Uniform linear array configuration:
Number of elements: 32
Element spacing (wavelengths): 0.75
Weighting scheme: kaiser
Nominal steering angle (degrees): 0
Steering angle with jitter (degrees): -1.232
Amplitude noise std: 0.05
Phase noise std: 0.05

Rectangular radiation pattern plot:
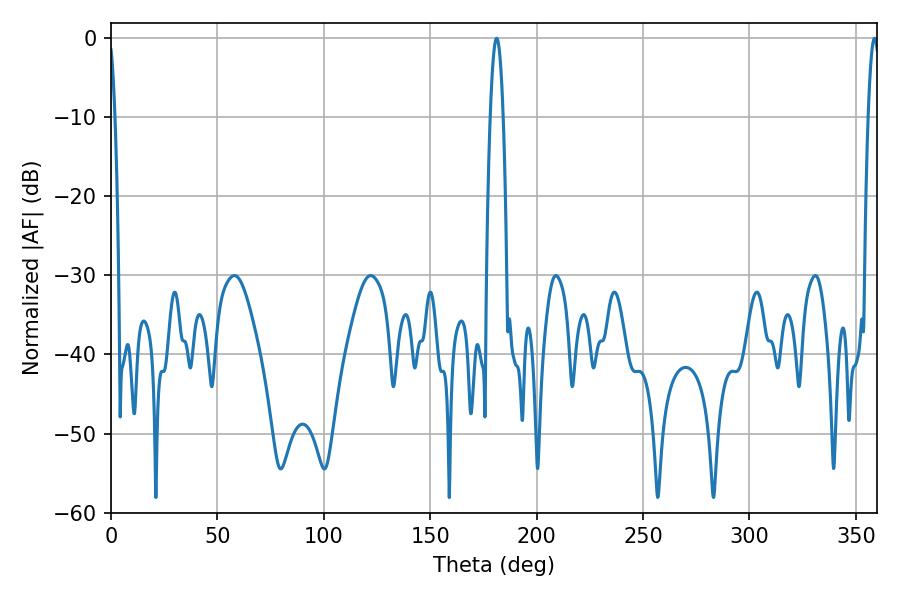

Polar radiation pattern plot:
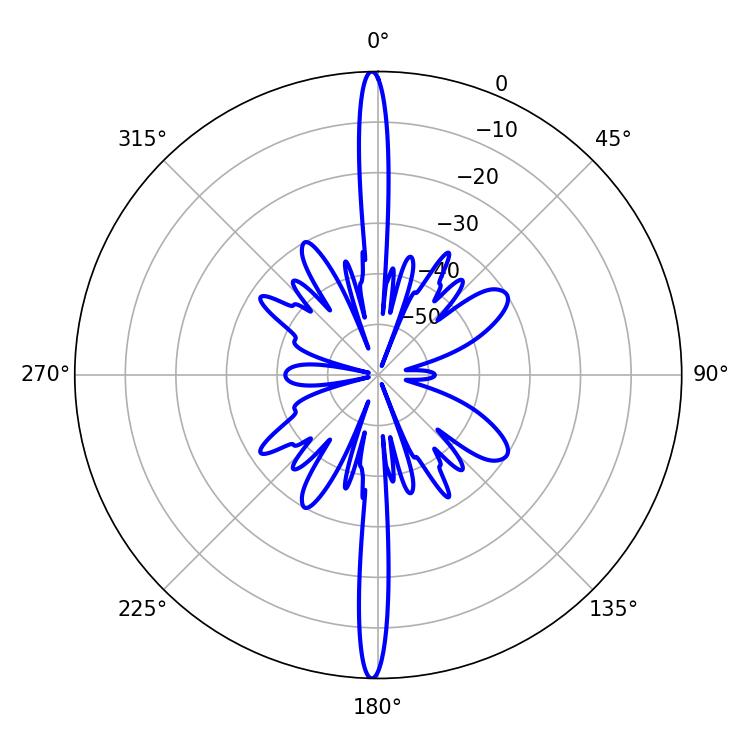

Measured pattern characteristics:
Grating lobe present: TRUE
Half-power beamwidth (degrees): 2.88
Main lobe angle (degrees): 358.74